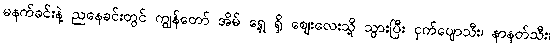
မနက်ခင်းနဲ့ ညနေခင်းတွင် ကျွန်တော် အိမ် ရှေ့ ရှိ ဈေးလေးသို့ သွားပြီး ငှက်ပျောသီး၊ နာနတ်သီး၊